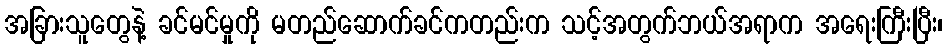
အခြားသူတွေနဲ့ ခင်မင်မှုကို မတည်ဆောက်ခင်ကတည်းက သင့်အတွက်ဘယ်အရာက အရေးကြီးပြီး၊